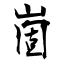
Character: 崮